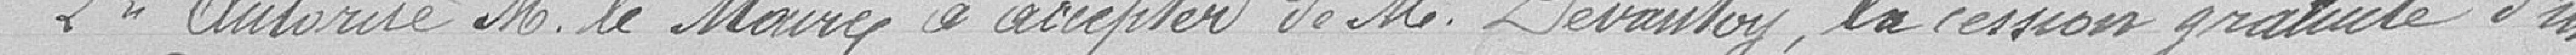
2° Autorise Monsieur le Maire à accepter de Monsieur Devantoy, la cession gratuite d'un